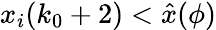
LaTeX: x_{i}(k_{0}+2)<\hat{x}(\phi)